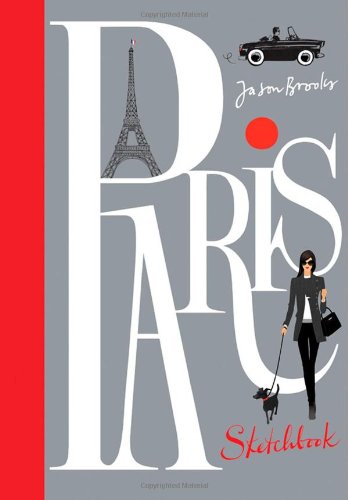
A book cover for Paris Sketchbook: Jason Brooks; Jason Brooks; Arts & Photography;